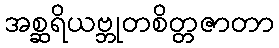
အစ္ဆရိယဗ္ဘုတစိတ္တဇာတာ